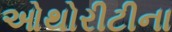
ઓથોરીટીના